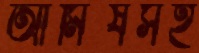
আমিষসহ